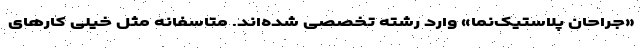
«جراحان پلاستیک‌نما» وارد رشته تخصصی شده‌اند. متاسفانه مثل خیلی کارهای